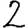
Digit: 2